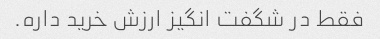
فقط در شگفت انگیز ارزش خرید داره.